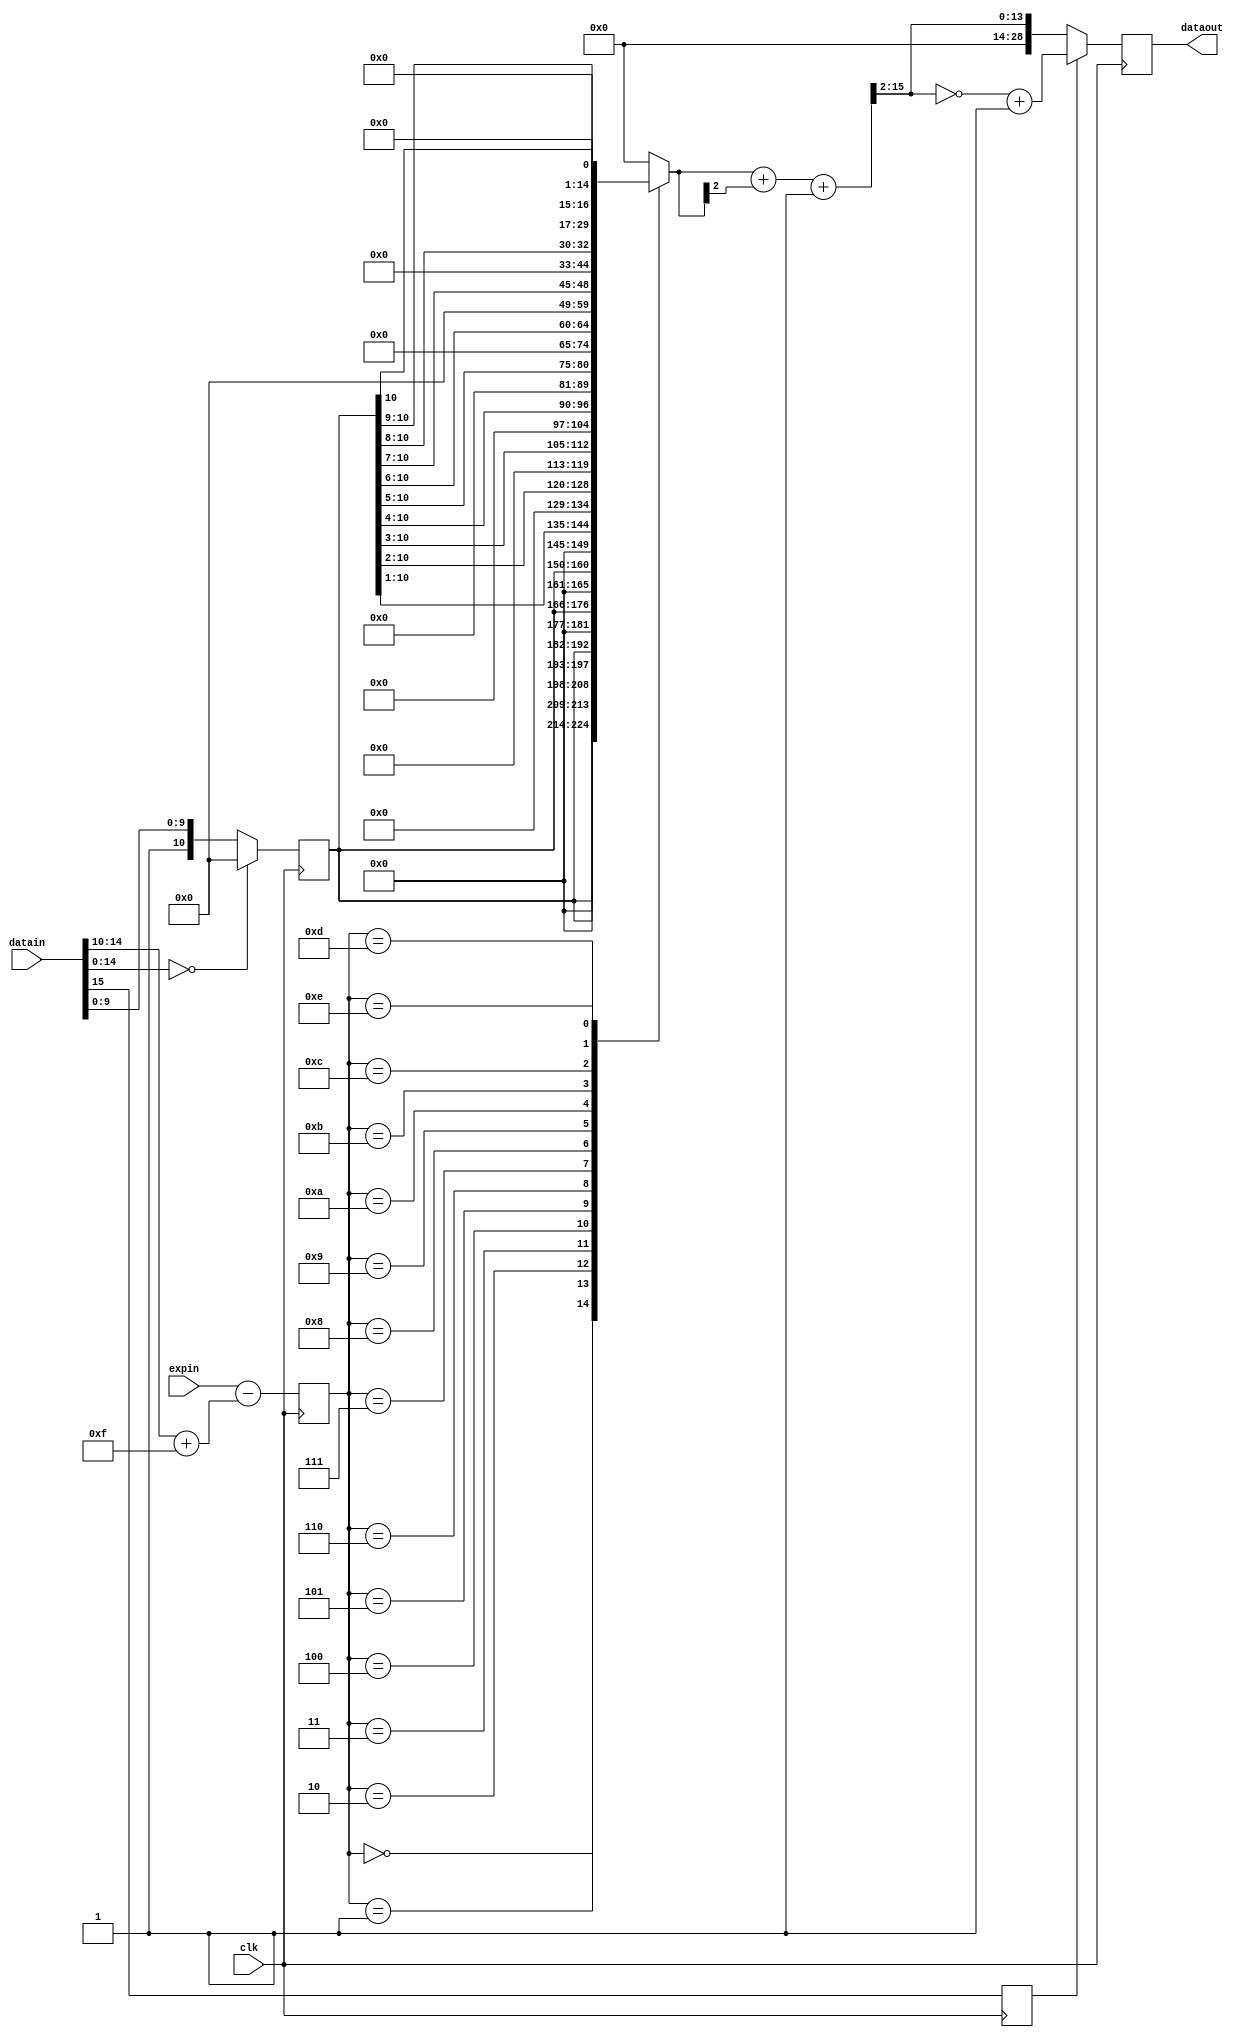
`timescale 1ns / 1ps
//////////////////////////////////////////////////////////////////////////////////
// Company: 
// 
// Module Name: float_to_fixed_bias
// Description: Convert floating point numbers to fixed-point numbers.
//
// Revision 0.01 - File Created
//////////////////////////////////////////////////////////////////////////////////

//module float_to_fixed_bias(
//  input  wire          clk,
//  input  wire [15:0]   datain,
//  input  wire [5:0]    expin, //with an offsete of 30
//  output reg  [28:0]   dataout
//);
  
//  wire [10:0]   _content;
//  wire [5:0]    _exp_diff;
//  assign _content = (datain[14:0]==15'd0) ? 11'd0 : {1'b1, datain[9:0]};//<--mark, this could be time-consuming 
//  assign _exp_diff = expin - ({1'b0,datain[14:10]} + 6'd15); //exp of bias(<=3) is no bigger than exp_bottom+exp_ker
  
//  reg  [14:0]   _content_tmp;
//  always@(_content or _exp_diff) begin
//      case(_exp_diff) //Execute the shift operation before rounding
//        6'd0:  _content_tmp = {_content, 4'b0}; //Move the first 1 to the position of the 13th bit, and exp has an offset of 12.The last 2bits are for round to even
//        6'd1:  _content_tmp = {1'b0, _content, 3'b0};
//        6'd2:  _content_tmp = {2'b0, _content, 2'b0};
//        6'd3:  _content_tmp = {3'b0, _content, 1'b0};
//        6'd4:  _content_tmp = {4'b0, _content};
//        6'd5:  _content_tmp = {5'b0, _content[10:1]};
//        6'd6:  _content_tmp = {6'b0, _content[10:2]};
//        6'd7:  _content_tmp = {7'b0, _content[10:3]};
//        6'd8:  _content_tmp = {8'b0, _content[10:4]};
//        6'd9:  _content_tmp = {9'b0, _content[10:5]};
//        6'd10: _content_tmp = {10'b0,_content[10:6]};
//        6'd11: _content_tmp = {11'b0,_content[10:7]};
//        6'd12: _content_tmp = {12'b0,_content[10:8]};
//        6'd13: _content_tmp = {13'b0,_content[10:9]};
//        6'd14: _content_tmp = {14'b0,_content[10]};
//        default: _content_tmp = {15'b0};
//      endcase
//   end
  
//  wire [15:0]    _data_orig_tmp;
//  wire [28:0]    _data_orig;
//  wire [28:0]    _dataout;
//  assign _data_orig_tmp = {1'b0, _content_tmp} + {15'b0, _content_tmp[2]} + 16'b1;
//  assign _data_orig = {15'b0, _data_orig_tmp[15:2]};
//  assign _dataout = datain[15] ? (~_data_orig + 1'b1) : _data_orig;
  
//  always@(posedge clk) begin
//    dataout <= _dataout;
//  end

//endmodule


module float_to_fixed_bias(
  input  wire          clk,
  input  wire [15:0]   datain,
  input  wire [5:0]    expin, //with an offsete of 30
//  input  wire          datain_valid,
//  output reg           dataout_valid,
  output reg  [28:0]   dataout
//  output wire [28:0]   dataout
);
  
  wire [10:0]   _content;
  wire [5:0]    _exp_diff;
  assign _content = (datain[14:0]==15'd0) ? 11'd0 : {1'b1, datain[9:0]};//<--mark, this could be time-consuming 
  assign _exp_diff = expin - ({1'b0,datain[14:10]} + 6'd15); //exp of bias(<=3) is no bigger than exp_bottom+exp_ker
  
  reg [10:0]  _content_reg;
  reg [5:0]   _exp_diff_reg;
  reg         _sign_reg;
//  reg         _datain_valid_reg;
  always@(posedge clk) begin
//     _datain_valid_reg <= datain_valid;
     _content_reg <= _content;
     _exp_diff_reg <= _exp_diff;
     _sign_reg <= datain[15];
  end
  
  reg  [14:0]   _content_tmp;
  always@(_content_reg or _exp_diff_reg) begin
      case(_exp_diff_reg) //Execute the shift operation before rounding
        6'd0:  _content_tmp = {_content_reg, 4'b0}; //Move the first 1 to the position of the 13th bit, and exp has an offset of 12.The last 2bits are for round to even
        6'd1:  _content_tmp = {1'b0, _content_reg, 3'b0};
        6'd2:  _content_tmp = {2'b0, _content_reg, 2'b0};
        6'd3:  _content_tmp = {3'b0, _content_reg, 1'b0};
        6'd4:  _content_tmp = {4'b0, _content_reg};
        6'd5:  _content_tmp = {5'b0, _content_reg[10:1]};
        6'd6:  _content_tmp = {6'b0, _content_reg[10:2]};
        6'd7:  _content_tmp = {7'b0, _content_reg[10:3]};
        6'd8:  _content_tmp = {8'b0, _content_reg[10:4]};
        6'd9:  _content_tmp = {9'b0, _content_reg[10:5]};
        6'd10: _content_tmp = {10'b0,_content_reg[10:6]};
        6'd11: _content_tmp = {11'b0,_content_reg[10:7]};
        6'd12: _content_tmp = {12'b0,_content_reg[10:8]};
        6'd13: _content_tmp = {13'b0,_content_reg[10:9]};
        6'd14: _content_tmp = {14'b0,_content_reg[10]};
        default: _content_tmp = {15'b0};
      endcase
   end
  
  wire [15:0]    _data_orig_tmp;
  wire [28:0]    _data_orig;
  wire [28:0]    _dataout;
  assign _data_orig_tmp = {1'b0, _content_tmp} + {15'b0, _content_tmp[2]} + 16'b1;
  assign _data_orig = {15'b0, _data_orig_tmp[15:2]};
  assign _dataout = _sign_reg ? (~_data_orig + 1'b1) : _data_orig;
  
  always@(posedge clk) begin
//    dataout_valid <= _datain_valid_reg;
    dataout <= _dataout;
  end

endmodule



//module float_to_fixed_bias(
//  input  wire          clk,
//  input  wire [15:0]   datain,
//  input  wire [5:0]    expin, //with an offsete of 30
//  input  wire          datain_valid,
//  output reg           dataout_valid,
//  output reg  [28:0]   dataout
////  output wire [28:0]   dataout
//);
  
//  wire [10:0]   _content;
//  wire [5:0]    _exp_diff;
//  wire [4:0]    _exp;
//  assign _content = (datain[14:0]==15'd0) ? 11'd0 : {1'b1, datain[9:0]};//<--mark, this could be time-consuming 
//  assign _exp_diff = expin - ({1'b0,datain[14:10]} + 6'd15); //exp of bias(<=3) is no bigger than exp_bottom+exp_ker
//  assign _exp = datain[14:10];
  
//  reg  [14:0]   _content_tmp;
//  always@(_content or _exp_diff) begin
//      case(_exp_diff) //Execute the shift operation before rounding
//        6'd0:  _content_tmp = {_content, 4'b0}; //Move the first 1 to the position of the 13th bit, and exp has an offset of 12.The last 2bits are for round to even
//        6'd1:  _content_tmp = {1'b0, _content, 3'b0};
//        6'd2:  _content_tmp = {2'b0, _content, 2'b0};
//        6'd3:  _content_tmp = {3'b0, _content, 1'b0};
//        6'd4:  _content_tmp = {4'b0, _content};
//        6'd5:  _content_tmp = {5'b0, _content[10:1]};
//        6'd6:  _content_tmp = {6'b0, _content[10:2]};
//        6'd7:  _content_tmp = {7'b0, _content[10:3]};
//        6'd8:  _content_tmp = {8'b0, _content[10:4]};
//        6'd9:  _content_tmp = {9'b0, _content[10:5]};
//        6'd10: _content_tmp = {10'b0,_content[10:6]};
//        6'd11: _content_tmp = {11'b0,_content[10:7]};
//        6'd12: _content_tmp = {12'b0,_content[10:8]};
//        6'd13: _content_tmp = {13'b0,_content[10:9]};
//        6'd14: _content_tmp = {14'b0,_content[10]};
//        default: _content_tmp = {15'b0};
//      endcase
//   end
   
//  reg [14:0]  _content_tmp_reg;
//  reg         _sign_reg;
//  reg         _datain_valid_reg;
//  always@(posedge clk) begin
//     _datain_valid_reg <= datain_valid;
//     _content_tmp_reg <= _content_tmp;
//     _sign_reg <= datain[15];
//  end
  
//  wire [15:0]    _data_orig_tmp;
//  wire [28:0]    _data_orig;
//  wire [28:0]    _dataout;
//  assign _data_orig_tmp = {1'b0, _content_tmp_reg} + {15'b0, _content_tmp_reg[2]} + 16'b1;
//  assign _data_orig = {15'b0, _data_orig_tmp[15:2]};
//  assign _dataout = _sign_reg ? (~_data_orig + 1'b1) : _data_orig;
  
//  always@(posedge clk) begin
//    dataout_valid <= _datain_valid_reg;
//    dataout <= _dataout;
//  end

//endmodule